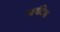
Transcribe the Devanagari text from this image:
आवंटिक